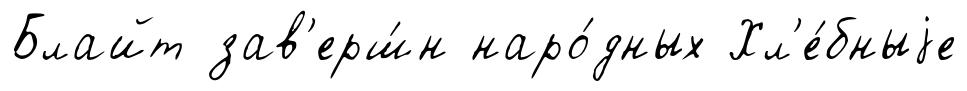
Блайт зав'ерш́н наро́дных Хл'е́бныjе